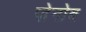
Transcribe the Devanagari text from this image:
ज़ेनोब